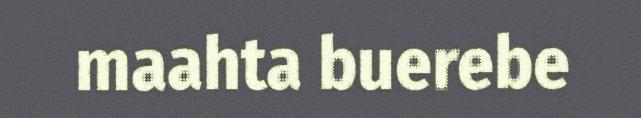
maahta buerebe